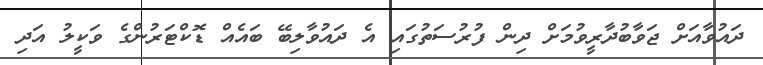
ދައުވާއަށް ޖަވާބުދާރީވުމަށް ދިން ފުރުސަތުގައި އެ ދައުވާލިބޭ ބައެއް ޑޮކްޓަރުންގެ ވަކީލު އަދި